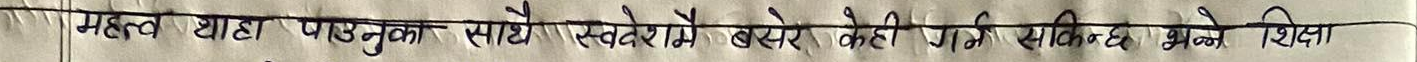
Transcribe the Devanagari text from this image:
महत्य थाहा पाउनुका साथै स्वदेशमै बसेर केही गर्न सकिन्छ भन्ने शिक्षा